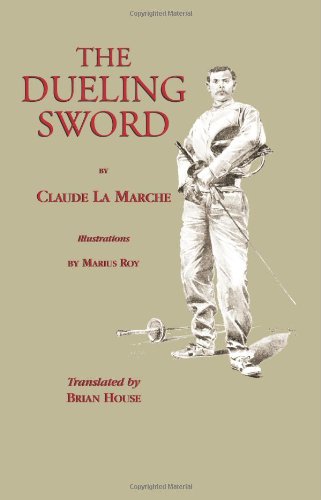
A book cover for The Dueling Sword; Claude La Marche; Sports & Outdoors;